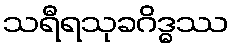
သရီရသုခဂိဒ္ဓဿ